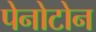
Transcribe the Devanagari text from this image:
पेनोटोन